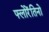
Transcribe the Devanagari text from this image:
फ्लोरेंतिनो